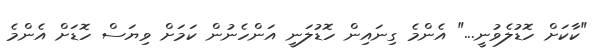
"ކާކަށް ހޮޑުލެވުނީ..." އެންމެ ގިނައިން ހޮޑުލަނީ އަންހެނުން ކަމަށް ވިޔަސް ހޮޑަށް އެންމެ